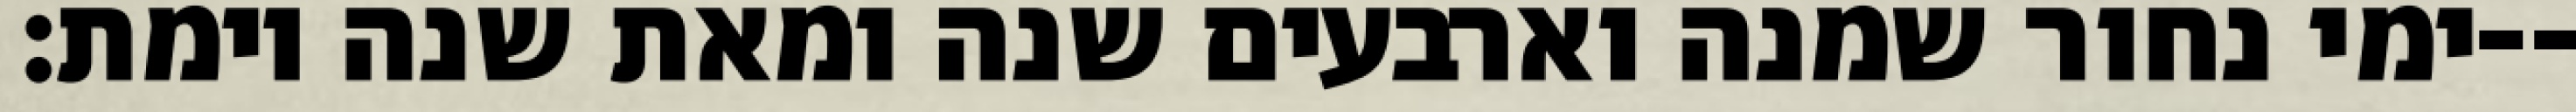
ימי נחור שמנה וארבעים שנה ומאת שנה וימת׃--